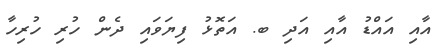
އާއި އައްޑު އާއި އަދި ބ. އަތޮޅު ފިޔަވައި ދެން ހުރި ހުރިހާ